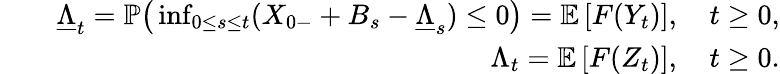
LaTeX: \begin{array}{rlr}&{}&{\underline{{\Lambda}}_{t}=\mathbb{P}\big(\operatorname*{inf}_{0\le s\le t}(X_{0-}+B_{s}-\underline{{\Lambda}}_{s})\le 0\big)=\mathbb{E}\left[F(Y_{t})\right],\quad t\ge 0,}\\ &{}&{\Lambda_{t}=\mathbb{E}\left[F(Z_{t})\right],\quad t\ge 0.}\end{array}